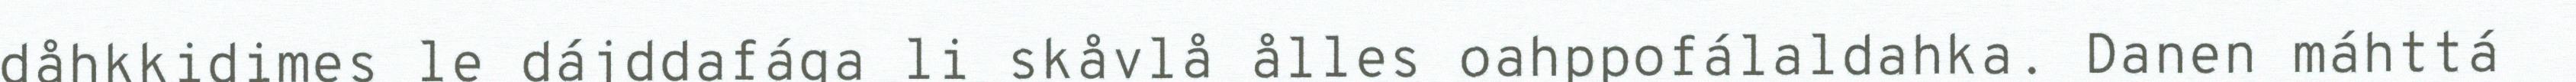
dåhkkidimes le dájddafága li skåvlå ålles oahppofálaldahka. Danen máhttá